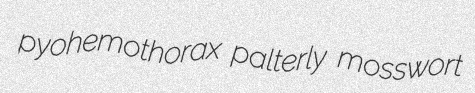
pyohemothorax palterly mosswort